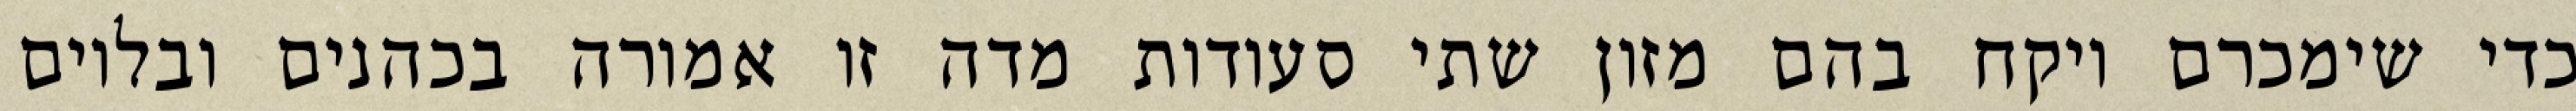
כדי שימכרם ויקח בהם מזון שתי סעודות מדה זו אמורה בכהנים ובלוים